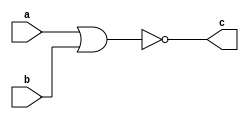
module Logic_NOR(a, b, c);
input a,b;
output c;
assign c = ~(a | b);  
endmodule